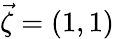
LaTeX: \vec{\zeta}=(1,1)